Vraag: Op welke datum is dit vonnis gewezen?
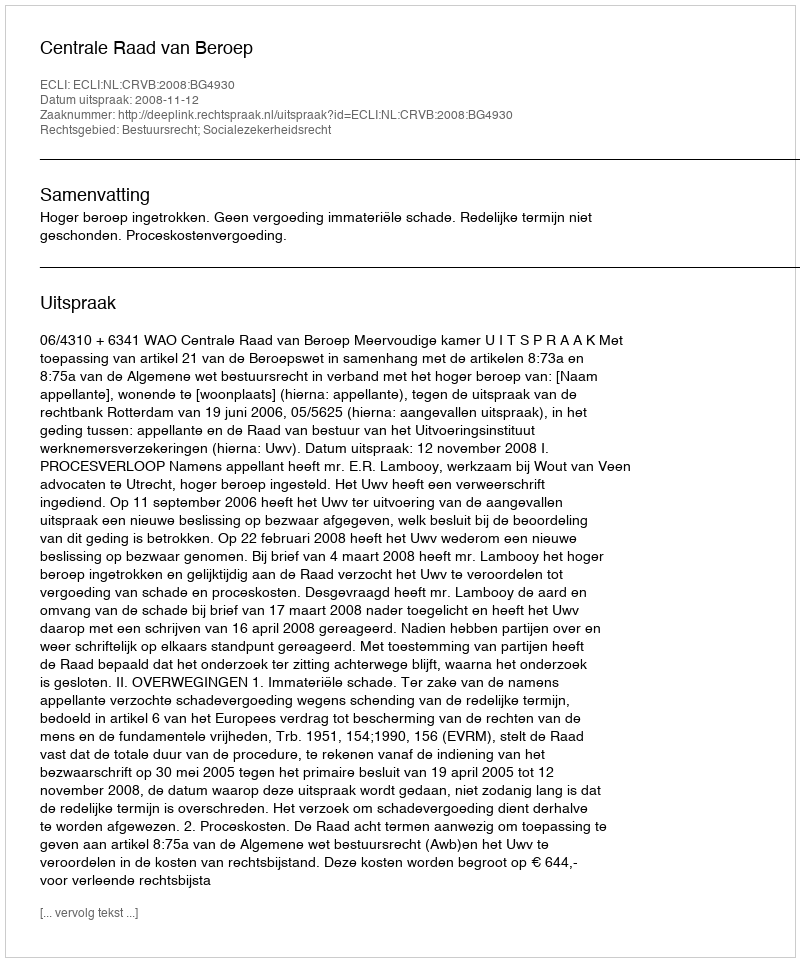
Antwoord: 2008-11-12